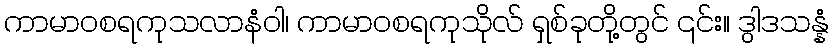
ကာမာဝစရကုသလာနံဝါ၊ ကာမာဝစရကုသိုလ် ရှစ်ခုတို့တွင် ၎င်း။ ဒွါဒသန္နံ